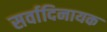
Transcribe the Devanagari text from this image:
सर्वादिनायक